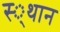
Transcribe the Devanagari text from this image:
स्‍्थान